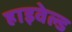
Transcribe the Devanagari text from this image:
हाइवेल्ड